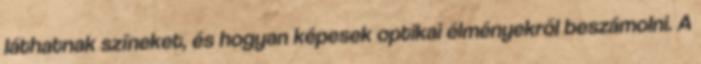
láthatnak színeket, és hogyan képesek optikai élményekről beszámolni. A